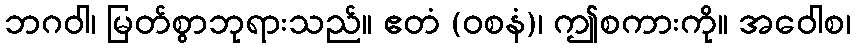
ဘဂဝါ၊ မြတ်စွာဘုရားသည်။ ဧတံ (ဝစနံ)၊ ဤစကားကို။ အဝေါစ၊